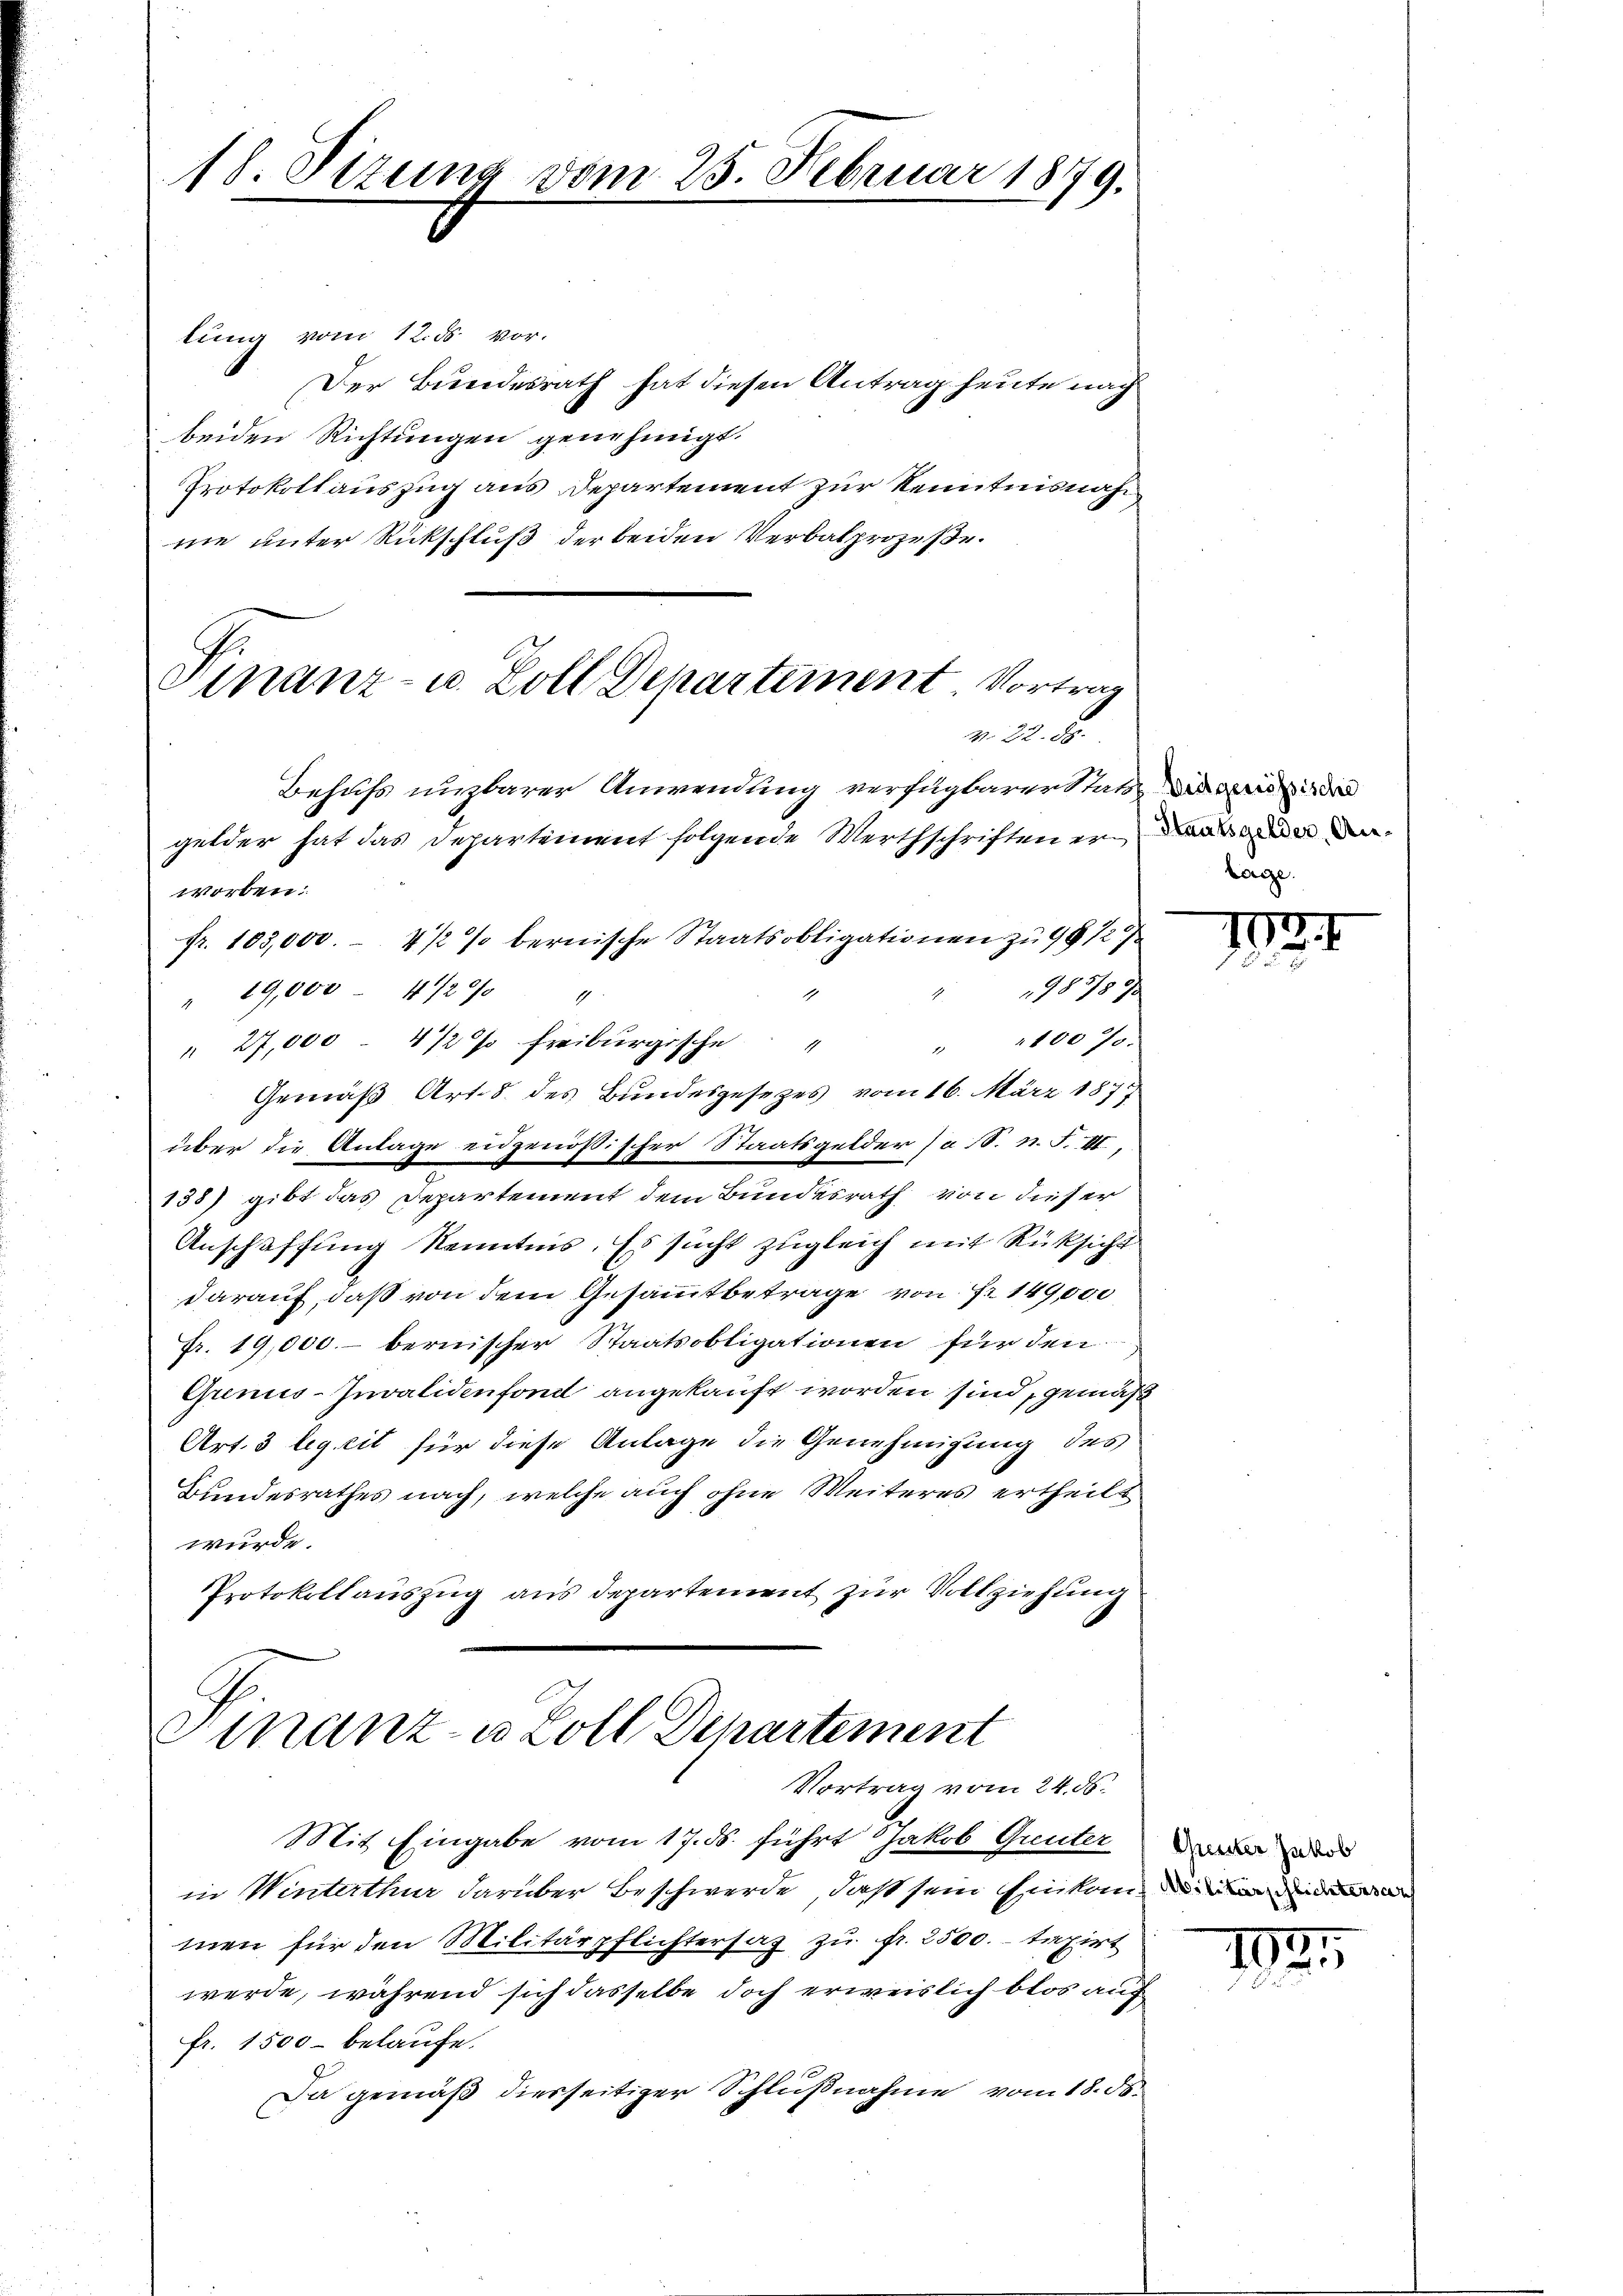
18. Sizung vom 25. Februar 1879.

lung vom 12. ds vor.
Der Bundesrath hat diesen Antrag heute nach
beiden Richtungen genehmigt.
Protokollauszug aus Departement zur Kenntnisnah
nie unter Rückschluß der beiden Verbalprozesse.

Vinanz- u. Zoll Departement. Vortrag
v. 22. d.

Behufs unzbarer Anwendung verfügbarer Stati in der
worben:
fr. 103,000.- 4 1/2 % bernische Staatsobligationen zu 9812
98389
" 19,000 - 4/20 "
" 1100 Ja
" 27,000 4 1/2 % Freiburgische
Gemäß Art. 8 des Bundesgesezes vom 16. März 187
über die Anlage eidgenössischer Staatsgelder (a S. n. F. III,
138) gibt das Departement dem Bundesrath von dieser
Anschaffung Kenntnis. Es sucht zugleich mit Rüksicht
darauf, daß von dem Gesammtbetrage von Fr. 149,000
Fr. 19,000.- bernischer Staatsobligationen für den
Grenis-Invalidenfond angekauft worden sind, gemäß
Art. 3 legeit für diese Anlage die Genehmigung des
Bundesrathes nach, welche auch ohne Weiteres ertheilt
wurde.
Protokollauszug aus departement zur Vollziehung

gelder hat das Departement folgende Werthschriften er an de

Finanz- u. Zoll Departement
Vortrag vom 24. ds.

Mit Eingabe vom 17. ds. führt Jakob Guuter wird
in Winterthur darüber Beschwerde, daß sein Einkau
men für den Militärpflichtersaz zu fr. 2500.- taxirt
werde, während sich dasselbe doch erweislich blos auf
fr. 1500 belaufe.
Da gemäß diesseitiger Schlußnahme vom 18. d.

Lage.

1

192.
u